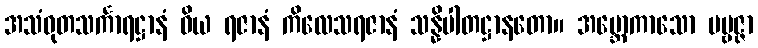
အသံဝုတသင်္ကာရဋ္ဌာနံ ဝိယ ရဇာနံ ကိလေသရဇာနံ သန္နိပါတဋ္ဌာနတော။ အဗ္ဘောကာသော ပဗ္ဗဇ္ဇာ